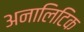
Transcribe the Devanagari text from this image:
अनालिटिक